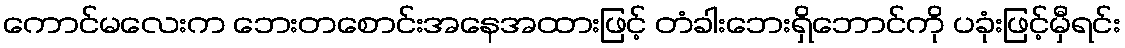
ကောင်မလေးက ဘေးတစောင်းအနေအထားဖြင့် တံခါးဘေးရှိဘောင်ကို ပခုံးဖြင့်မှီရင်း